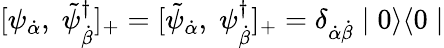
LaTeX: [\psi_{{\dot{\alpha}}},\; \tilde{\psi}_{{\dot{\beta}}}^{\dagger}]_{+}=[\tilde{\psi}_{{\dot{\alpha}}},\; \psi_{{\dot{\beta}}}^{\dagger}]_{+}=\delta_{\dot{\alpha}\dot{\beta}}\mid 0\rangle\langle 0\mid